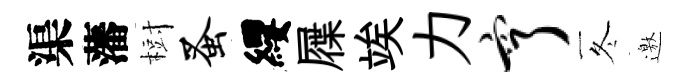
渠藩𣗳蚤纓屧竢力亨冬邀